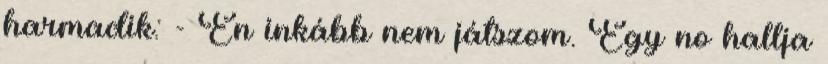
harmadik: - Én inkább nem játszom. Egy no hallja